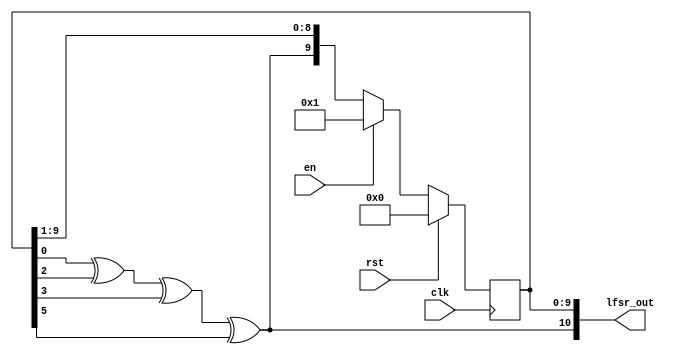
module lfsr (clk, rst, en, lfsr_out);

input clk, rst, en;
output [10:0] lfsr_out;
wire shift; 
reg [10:0] tmp;


assign shift = tmp[0] ^ tmp[2] ^ tmp[3] ^ tmp[5];
assign lfsr_out = {shift, tmp[9:0]};

always@(posedge clk)begin
	if(rst) tmp<=11'b0;
	else if(en) tmp <= {11'b10000000001};
	else tmp<=lfsr_out>>1;
end
endmodule